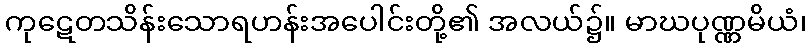
ကုဋေတသိန်းသောရဟန်းအပေါင်းတို့၏ အလယ်၌။ မာဃပုဏ္ဏမိယံ၊